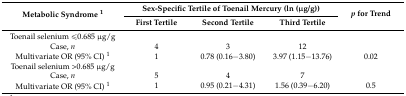
| <ROWSPAN=2> Metabolic Syndrome 1 | <COLSPAN=3> Sex-Specific Tertile of Toenail Mercury (ln (μg/g)) | <ROWSPAN=2> p for Trend |
 | First Tertile | Second Tertile | Third Tertile |
 | --- | --- | --- | --- | --- |
 | Toenail selenium ≤0.685 μg/g |  |  |  |  |
 | Case, n | 4 | 3 | 12 |  |
 | Multivariate OR (95% CI) 1 | 1 | 0.78 (0.16−3.80) | 3.97 (1.15−13.76) | 0.02 |
 | Toenail selenium >0.685 μg/g |  |  |  |  |
 | Case, n | 5 | 4 | 7 |  |
 | Multivariate OR (95% CI) 1 | 1 | 0.95 (0.21−4.31) | 1.56 (0.39−6.20) | 0.5 |